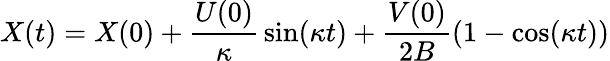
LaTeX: X(t)=X(0)+{\frac{U(0)}{\kappa}}\sin(\kappa t)+{\frac{V(0)}{2B}}(1-\cos(\kappa t))